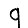
Digit: 9